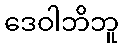
ဒေဝါဘိဘူ